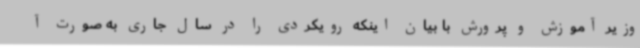
وزیر آموزش و پرورش با بیان اینکه رویکردی را در سال جاری به صورت آ